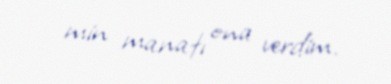
min manatı ona verdim.